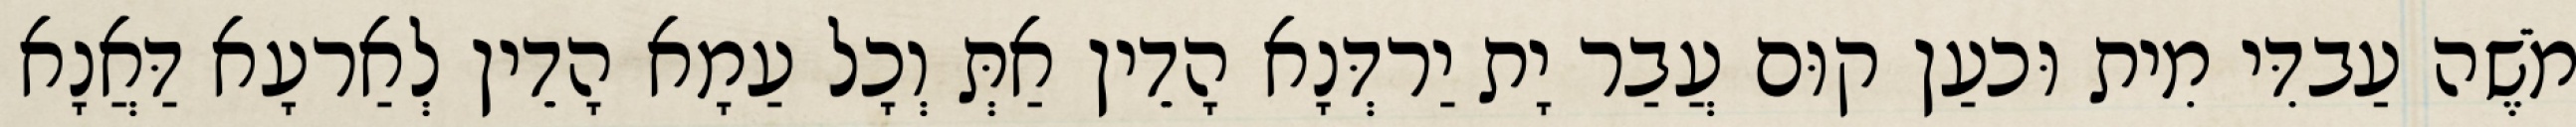
מֹשֶׁה עַבדִּי מִית וּכעַן קוּם עֲבַר יָת יַרדְּנָא הָדֵין אַתְּ וְכָל עַמָא הָדֵין לְאַרעָא דַּאֲנָא